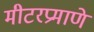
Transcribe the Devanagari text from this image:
मीटरप्रमाणे